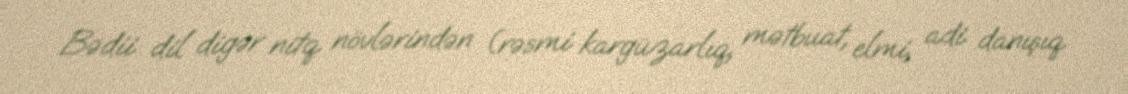
Bədii dil digər nitq növlərindən (rəsmi kargüzarlıq, mətbuat, elmi, adi danışıq